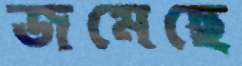
জমেছে